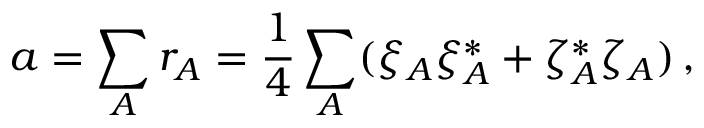
a = \sum _ { A } r _ { A } = { \frac { 1 } { 4 } } \sum _ { A } ( \xi _ { A } \xi _ { A } ^ { * } + \zeta _ { A } ^ { * } \zeta _ { A } ) \, ,